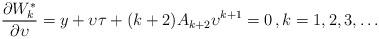
LaTeX: \begin{align*} \frac{\partial W^*_k}{\partial {\upsilon}}= {{y}}+{\upsilon}{\tau} +(k+2) A_{k+2}{\upsilon}^{k+1}=0\, , k=1,2,3,\dots \end{align*}